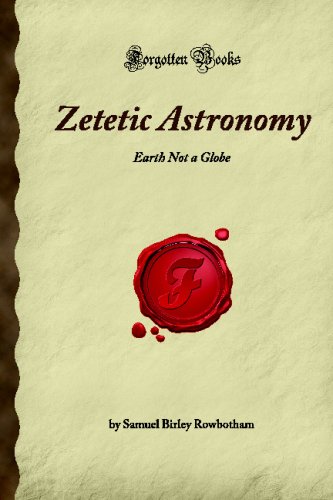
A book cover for Zetetic Astronomy: Earth Not a Globe (Forgotten Books); Samuel Birley Rowbotham; Science & Math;